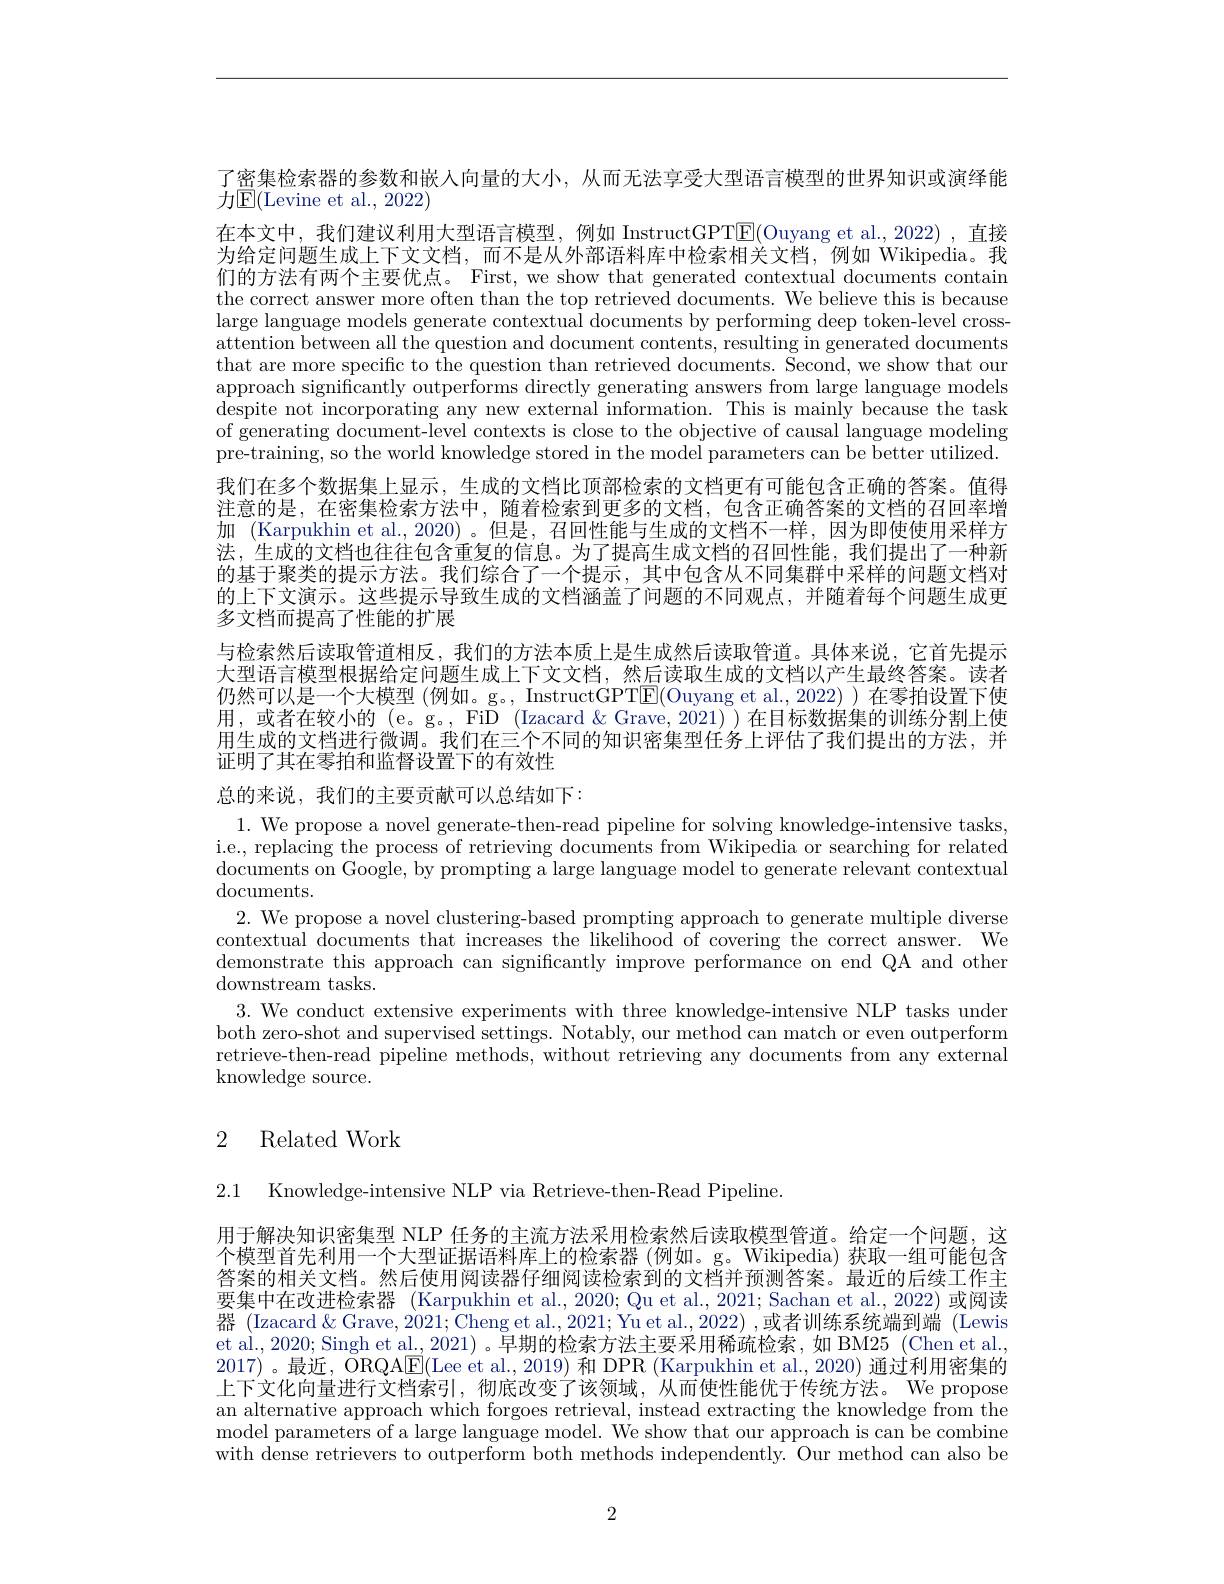
了密集检索器的参数和嵌人向量的大小，从而无法享受大型语言模型的世界知识或演绎能
${\text{力}\mathrm{E}}($Levine et al., 2022)

在本文中，我们建议利用大型语言模型，例如 InstructGPT$\boxed{\mathrm{E}}($Ouyang et al.,2022),直接为给定问题生成上下文文档，\_而不是从外部语料库中检索相关文档，例如 Wikipedia。我们的方法有两个主要优点。First, we show that generated contextual documents contain the correct answer more often than the top retrieved documents. We believe this is because large language models generate contextual documents by performing deep token-level crossattention between all the question and document contents, resulting in generated documents that are more specific to the question than retrieved documents. Second, we show that our approach significantly outperforms directly generating answers from large language models despite not incorporating any new external information. This is mainly because the task of generating document-level contexts is close to the objective of causal language modeling pre-training, so the world knowledge stored in the model parameters can be better utilized. 我们在多个数据集上显示，生成的文档比顶部检索的文档更有可能包含正确的答案。值得注意的是 ,在密集检索方法中，随着检索到更多的文档，包含正确答案的文档的召回率增加 (Karpukhin et al.,2020) 。但是，召回性能与生成的文档不一样，因为即使使用采样方法，生成的文档也往往包含重复的信息。为了提高生成文档的召回性能，我们提出了一种新的基于聚类的提示方法。我们综合了一个提示，其中包含从不同集群中采样的问题文档对的上下文演示。这些提示导致生成的文档涵盖了问题的不同观点，并随着每个问题生成更多文档而提高了性能的扩展
与检索然后读取管道相反，我们的方法本质上是生成然后读取管道。具体来说，它首先提示大型语言模型根据给定问题生成上下文文档，然后读取生成的文档以产生最终答案。读者仍然可以是一个大模型 (例如。g。, InstructGPTE(Ouyang et al., 2022))在零拍设置下使用，或者在较小的 (e。g。, FiD (Izacard &Grave, 2021)) 在目标数据集的训练分割上使用生成的文档进行微调。我们在三个不同的知识密集型任务上评估了我们提出的方法，并证明了其在零拍和监督设置下的有效性
总的来说，我们的主要贡献可以总结如下：
1. We propose a novel generate-then-read pipeline for solving knowledge-intensive tasks, i.e., replacing the process of retrieving documents from Wikipedia or searching for related documents on Google, by prompting a large language model to generate relevant contextual $\operatorname{documents.}$
2. We propose a novel clustering-based prompting approach to generate multiple diverse contextual documents that increases the likelihood of covering the correct answer. We demonstrate this approach can significantly improve performance on end QA and other downstream tasks.
3. We conduct extensive experiments with three knowledge-intensive NLP tasks under both zero-shot and supervised settings. Notably, our method can match or even outperform retrieve-then-read pipeline methods, without retrieving any documents from any external knowledge source.

## 2 Related Work

2.1 Knowledge-intensive NLP via Retrieve-then-Read Pipeline.

用于解决知识密集型 NLP 任务的主流方法采用检索然后读取模型管道。给定一个问题，这个模型首先利用一个大型证据语料库上的检索器(例如。g。Wikipedia) 获取一组可能包含答案的相关文档。然后使用阅读器仔细阅读检索到的文档并预测答案。最近的后续工作主要集中在改进检索器 (Karpukhin et al.,2020; Qu et al., 2021; Sachan et al., 2022) 或阅读器 (Izacard&Grave,2021;Cheng et al.,2021; Yu et al.,2022) ,或者训练系统端到端 (Lewis et al., 2020; Singh et al., 2021) 。早期的检索方法主要采用稀疏检索 ,如 BM25 (Chen et al., 2017) 。最近，ORQAE(Lee et al., 2019) 和 DPR (Karpukhin et al., 2020) 通过利用密集的上下文化向量进行文档索引，彻底改变了该领域，从而使性能优于传统方法。We propose an alternative approach which forgoes retrieval, instead extracting the knowledge from the model parameters of a large language model. We show that our approach is can be combine with dense retrievers to outperform both methods independently. Our method can also be

2